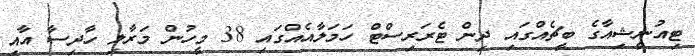
ޓިއުނީޝިއާގެ ބީޗެއްގައި ދިން ޓެރަރިސްޓް ހަމަލާއެއްގައި 38 މީހުން މަރާލި ހާދިސާ އާއި